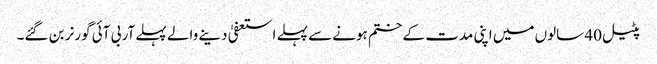
پٹیل 40 سالوں میں اپنی مدت کے ختم ہونے سے پہلے استعفیٰ دینے والے پہلے آر بی آئی گورنر بن گئے۔